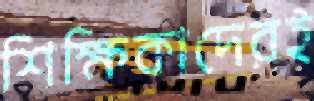
শিক্ষিকাদেরই